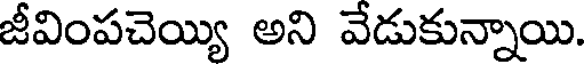
జీవింపచెయ్యి అని వేడుకున్నాయి.